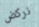
نركض